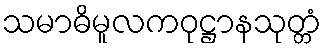
သမာဓိမူလကဝုဋ္ဌာနသုတ္တံ